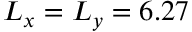
L _ { x } = L _ { y } = 6 . 2 7